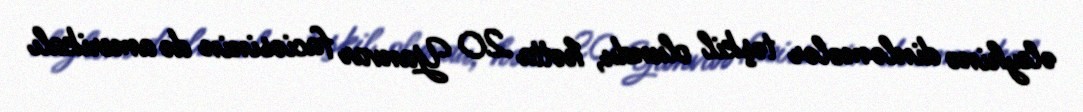
əleyhinə dinləmələr təşkil olundu, hətta 20 Yanvar faciəsinin də amerikalı